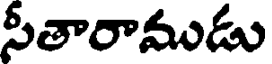
సీతారాముడు